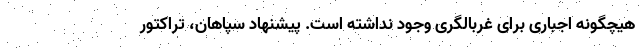
هیچگونه اجباری برای غربالگری وجود نداشته است. پیشنهاد سپاهان، تراکتور